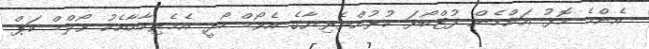
އެންމެ މޮޅު އަންހެން ފުޓްބޯޅަ ކުޅުންތެރިޔާގެ އެވޯޑް ހޯދީ އެމެރިކާއާއެކު ވޯލްޑް ކަޕް